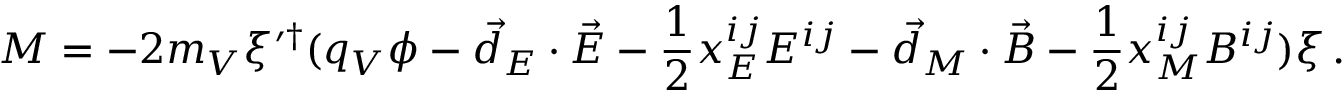
M = - 2 m _ { V } \xi ^ { \prime \dagger } ( q _ { V } \phi - \vec { d } _ { E } \cdot \vec { E } - \frac { 1 } { 2 } x _ { E } ^ { i j } E ^ { i j } - \vec { d } _ { M } \cdot \vec { B } - \frac { 1 } { 2 } x _ { M } ^ { i j } B ^ { i j } ) \xi \, .